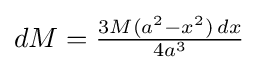
{\textstyle dM={\frac {3M(a^{2}-x^{2})\,dx}{4a^{3}}}}